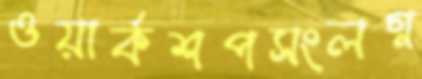
ওয়ার্কশপসংলগ্ন